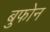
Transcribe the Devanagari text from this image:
बुफोन